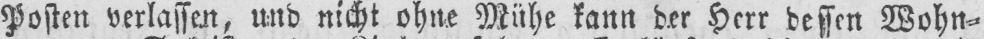
Posten verlassen, und nicht ohne Mühe kann der Herr dessen Wohn⸗